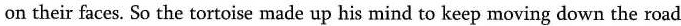
on their faces. So the tortoise made up his mind to keep moving down the road